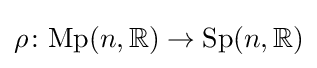
\rho \colon {\mathrm {Mp} }(n,{\mathbb {R} })\to {\mathrm {Sp} }(n,{\mathbb {R} })